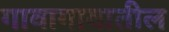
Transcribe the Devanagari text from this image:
गावागावातील